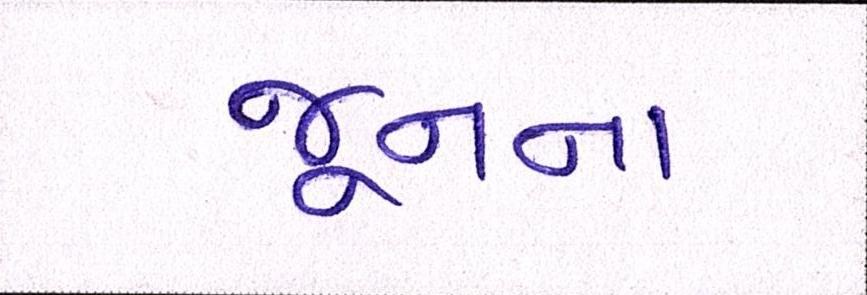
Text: જૂનના